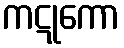
ကဋုကော